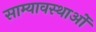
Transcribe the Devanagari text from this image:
साम्यावस्थाओं